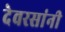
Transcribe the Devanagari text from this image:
देवरसांनी